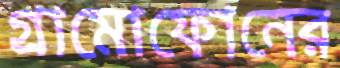
গ্রামোফোনের